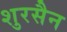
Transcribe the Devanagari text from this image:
शुरसैन